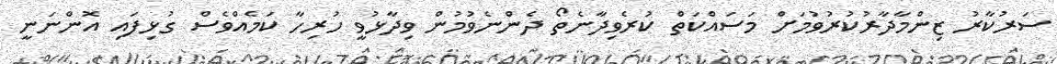
ސަރުކާރު ޒިންމާދާރުކުރުވުމަށް މަސައްކަތް ކުރެވިދާނެތޯ ދެންނެވުމުން ވިދާޅުވީ ހުރިހާ ކަމެއްވެސް ގުޅިފައި އޮންނަނީ